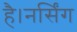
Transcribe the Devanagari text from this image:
है।नर्सिंग